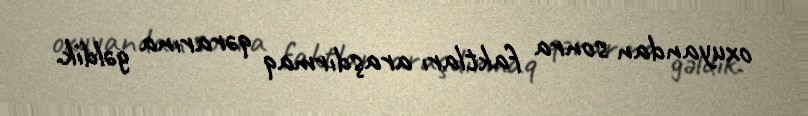
oxuyandan sonra faktları araşdırmaq qərarına gəldik.